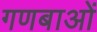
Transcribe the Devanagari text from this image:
गणबाओं